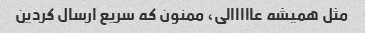
مثل همیشه عااااالی، ممنون که سریع ارسال کردین